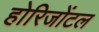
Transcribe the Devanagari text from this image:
होरिजोंटल